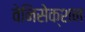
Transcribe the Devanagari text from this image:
वेनिसेक्शन